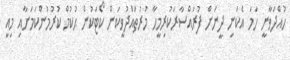
ހުއްދަވާނީ ހަމަ އެކަނި ދީނަށް ފުރައްސާރަކުރިމީހާ މުރުތައްދުވީކަން ކޯޓަކުން ޙުކުމް ކުރުމުންކަމަށާއި މިއީ